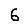
Digit: 6